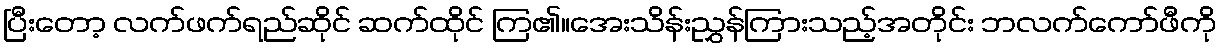
ပြီးတော့ လက်ဖက်ရည်ဆိုင် ဆက်ထိုင် ကြ၏။အေးသိန်းညွှန်ကြားသည့်အတိုင်း ဘလက်ကော်ဖီကို